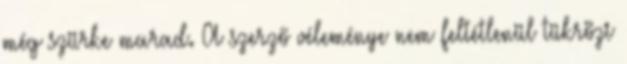
még szürke marad. A szerző véleménye nem feltétlenül tükrözi